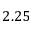
2 . 2 5